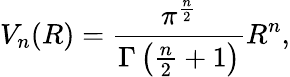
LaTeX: V_{n}(R)={\frac{\pi^{\frac{n}{2}}}{\Gamma\left({\frac{n}{2}}+1\right)}}R^{n},